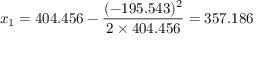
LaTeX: x _ { 1 } = 4 0 4 . 4 5 6 - { \frac { ( - 1 9 5 . 5 4 3 ) ^ { 2 } } { 2 \times 4 0 4 . 4 5 6 } } = 3 5 7 . 1 8 6